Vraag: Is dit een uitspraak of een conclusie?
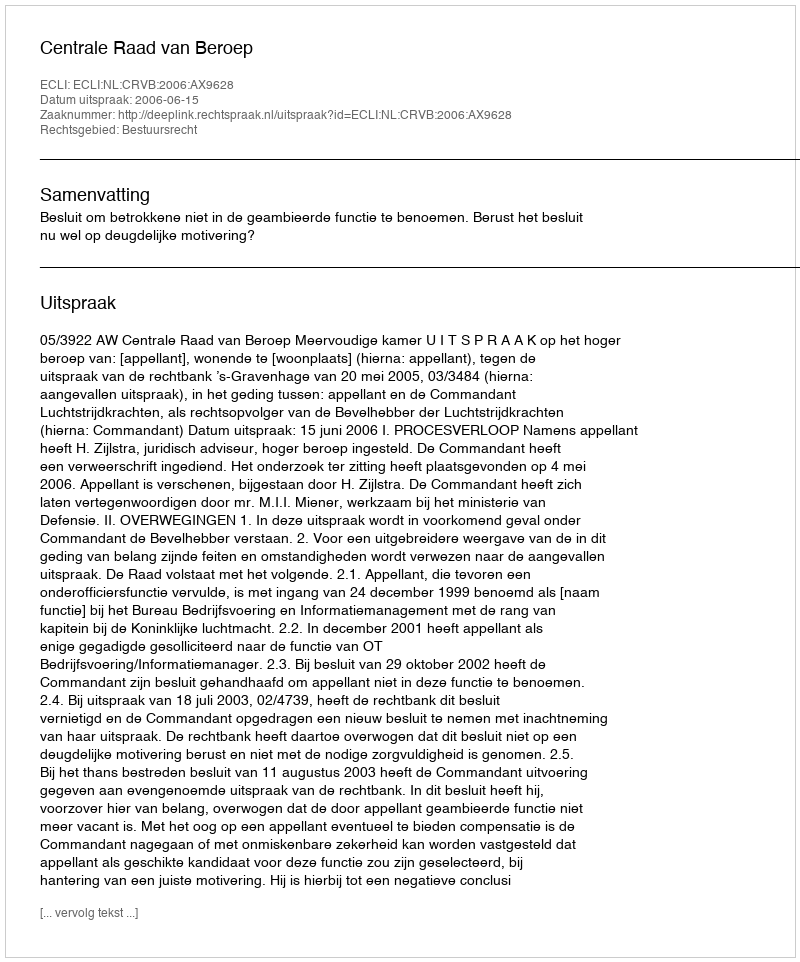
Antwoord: Uitspraak